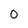
Character: O